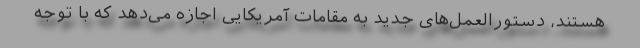
هستند، دستورالعمل‌های جدید به مقامات آمریکایی اجازه می‌دهد که با توجه